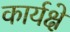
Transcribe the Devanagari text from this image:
कार्यक्षे